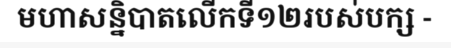
មហាសន្និបាតលើកទី១២របស់បក្ស -